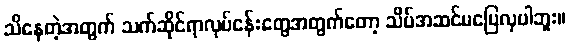
သိနေတဲ့အတွက် သက်ဆိုင်ရာလုပ်ငန်းတွေအတွက်တော့ သိပ်အဆင်မပြေလှပါဘူး။